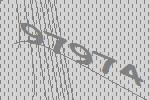
97974